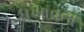
ધખાવતા